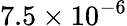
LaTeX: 7.5\times 10^{-6}